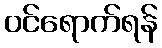
ဝင်ရောက်ရန်